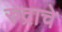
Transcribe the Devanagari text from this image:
रुद्राचे